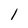
Character: 1